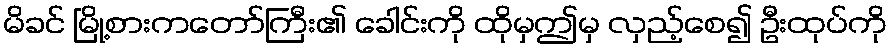
မိခင် မြို့စားကတော်ကြီး၏ ခေါင်းကို ထိုမှဤမှ လှည့်စေ၍ ဦးထုပ်ကို